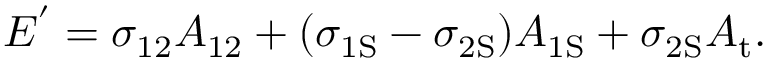
E ^ { ' } = \sigma _ { 1 2 } A _ { 1 2 } + ( \sigma _ { \mathrm { { 1 S } } } - \sigma _ { \mathrm { { 2 S } } } ) A _ { \mathrm { { 1 S } } } + \sigma _ { \mathrm { { 2 S } } } A _ { \mathrm { { t } } } .